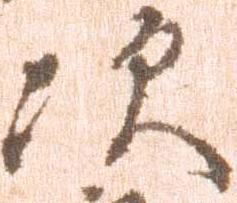
次